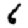
Digit: 6